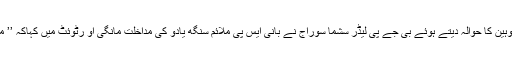
مہابھارت میں کارواؤں کے ہاتھوں دروپتی ہوئی توہین کا حوالہ دیتے ہوئے بی جے پی لیڈر سشما سوراج نے بانی ایس پی ملائم سنگھ یادو کی مداخلت مانگی او رٹوئٹ میں کہاکہ ’’ ملائم بھائی ‘ آپ پتا ماں ہیں سماج وادی پارٹی کے۔